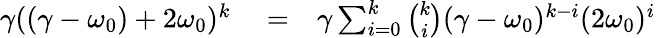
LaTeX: \begin{array}{rlr}{\gamma((\gamma-\omega_{0})+2\omega_{0})^{k}}&{{}=}&{\gamma\sum_{i=0}^{k}\binom{k}{i}(\gamma-\omega_{0})^{k-i}(2\omega_{0})^{i}}\end{array}